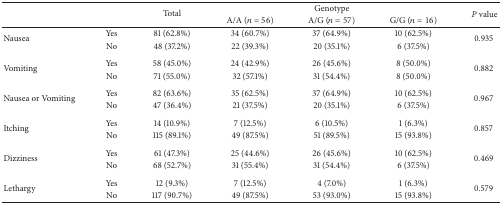
<table><thead><tr><td rowspan="2"><b> </b></td><td rowspan="2"><b> </b></td><td rowspan="2"><b>Total</b></td><td colspan="3"><b>Genotype</b></td><td rowspan="2"><b><i>P</i> value</b></td></tr><tr><td><b>A/A (<i>n</i> = 56)</b></td><td><b>A/G (<i>n</i> = 57)</b></td><td><b>G/G (<i>n</i> = 16)</b></td></tr></thead><tbody><tr><td rowspan="2">Nausea</td><td>Yes</td><td>81 (62.8%)</td><td>34 (60.7%)</td><td>37 (64.9%)</td><td>10 (62.5%)</td><td rowspan="2">0.935 </td></tr><tr><td>No</td><td>48 (37.2%)</td><td>22 (39.3%)</td><td>20 (35.1%)</td><td>6 (37.5%)</td></tr><tr><td rowspan="2">Vomiting</td><td>Yes</td><td>58 (45.0%)</td><td>24 (42.9%)</td><td>26 (45.6%)</td><td>8 (50.0%)</td><td rowspan="2">0.882 </td></tr><tr><td>No</td><td>71 (55.0%)</td><td>32 (57.1%)</td><td>31 (54.4%)</td><td>8 (50.0%)</td></tr><tr><td rowspan="2">Nausea or Vomiting</td><td>Yes</td><td>82 (63.6%)</td><td>35 (62.5%)</td><td>37 (64.9%)</td><td>10 (62.5%)</td><td rowspan="2">0.967 </td></tr><tr><td>No</td><td>47 (36.4%)</td><td>21 (37.5%)</td><td>20 (35.1%)</td><td>6 (37.5%)</td></tr><tr><td rowspan="2">Itching</td><td>Yes</td><td>14 (10.9%)</td><td>7 (12.5%)</td><td>6 (10.5%)</td><td>1 (6.3%)</td><td rowspan="2">0.857 </td></tr><tr><td>No</td><td>115 (89.1%)</td><td>49 (87.5%)</td><td>51 (89.5%)</td><td>15 (93.8%)</td></tr><tr><td rowspan="2">Dizziness</td><td>Yes</td><td>61 (47.3%)</td><td>25 (44.6%)</td><td>26 (45.6%)</td><td>10 (62.5%)</td><td rowspan="2">0.469 </td></tr><tr><td>No</td><td>68 (52.7%)</td><td>31 (55.4%)</td><td>31 (54.4%)</td><td>6 (37.5%)</td></tr><tr><td rowspan="2">Lethargy</td><td>Yes</td><td>12 (9.3%)</td><td>7 (12.5%)</td><td>4 (7.0%)</td><td>1 (6.3%)</td><td rowspan="2">0.579 </td></tr><tr><td>No</td><td>117 (90.7%)</td><td>49 (87.5%)</td><td>53 (93.0%)</td><td>15 (93.8%)</td></tr></tbody></table>